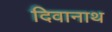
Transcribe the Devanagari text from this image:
दिवानाथ